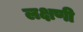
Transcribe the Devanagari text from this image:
लक्षणी